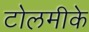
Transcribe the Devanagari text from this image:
टोलमीके